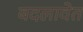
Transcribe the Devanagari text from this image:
बदलावेत